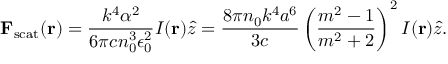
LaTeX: \mathbf { F } _ { \mathrm { s c a t } } ( \mathbf { r } ) = { \frac { k ^ { 4 } \alpha ^ { 2 } } { 6 \pi c n _ { 0 } ^ { 3 } \epsilon _ { 0 } ^ { 2 } } } I ( \mathbf { r } ) { \hat { z } } = { \frac { 8 \pi n _ { 0 } k ^ { 4 } a ^ { 6 } } { 3 c } } \left( { \frac { m ^ { 2 } - 1 } { m ^ { 2 } + 2 } } \right) ^ { 2 } I ( \mathbf { r } ) { \hat { z } } .